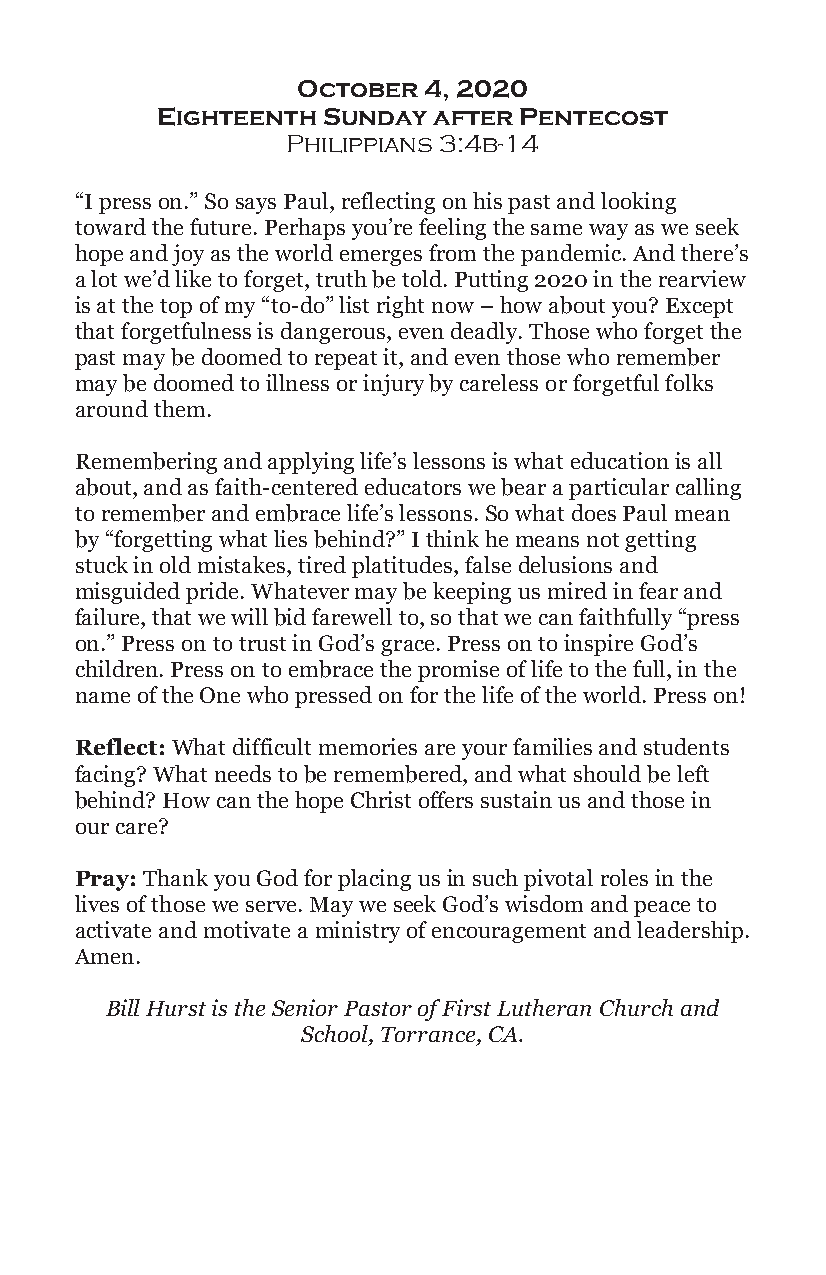
October 4, 2020
 Eighteenth Sunday  after Pentecost
 Philippians 3:4b-14
 “I press on.” So says Paul, reflecting on his past and looking
 toward the future. Perhaps you’re feeling the same way as we seek
 hope and joy as the world emerges from the pandemic. And there’s
 a lot we’d like to forget, truth be told. Putting 2020 in the rearview
 is at the top of my “to-do” list right now – how about you? Except
 that forgetfulness is dangerous, even deadly. Those who forget the
 past may be doomed to repeat it, and even those who remember
 may be doomed to illness or injury by careless or forgetful folks
 around them.
 Remembering and applying life’s lessons is what education is all
 about, and as faith-centered educators we bear a particular calling
 to remember and embrace life’s lessons. So what does Paul mean
 by “forgetting what lies behind?” I think he means not getting
 stuck in old mistakes, tired platitudes, false delusions and
 misguided pride. Whatever may be keeping us mired in fear and
 failure, that we will bid farewell to, so that we can faithfully “press
 on.” Press on to trust in God’s grace. Press on to inspire God’s
 children. Press on to embrace the promise of life to the full, in the
 name of the One who pressed on for the life of the world. Press on!
 Reflect: What difficult memories are your families and students
 facing? What needs to be remembered, and what should be left
 behind? How can the hope Christ offers sustain us and those in
 our care?
 Pray: Thank you God for placing us in such pivotal roles in the
 lives of those we serve. May we seek God’s wisdom and peace to
 activate and motivate a ministry of encouragement and leadership.
 Amen.
 Bill Hurst is the Senior Pastor of First Lutheran Church and
 School, Torrance, CA.